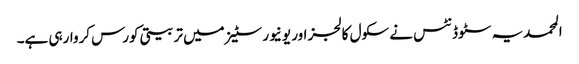
المحمدیہ سٹوڈنٹس نے سکول کالجز اور یونیورسٹیز میں تربیتی کورس کروارہی ہے۔